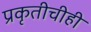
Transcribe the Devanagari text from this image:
प्रकृतीचीही